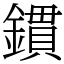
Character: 鏆